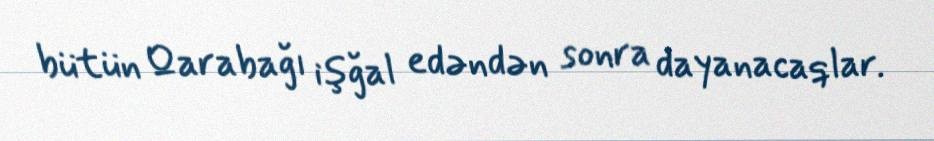
bütün Qarabağı işğal edəndən sonra dayanacaqlar.